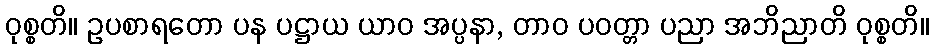
ဝုစ္စတိ။ ဥပစာရတော ပန ပဋ္ဌာယ ယာဝ အပ္ပနာ, တာဝ ပဝတ္တာ ပညာ အဘိညာတိ ဝုစ္စတိ။